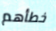
خطأهم